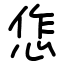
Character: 㤰